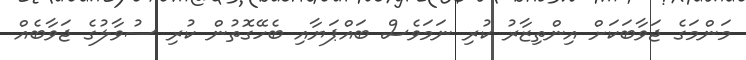
މަންމަގެ ޖަވާބަކަށް އިންތިޒާރު ކުރި ނަމަވެސް ބައްޕަޔާއި ބެހޭގޮތުން ކުރި ސުވާލުގެ ޖަވާބެއް